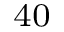
^ { 4 0 }